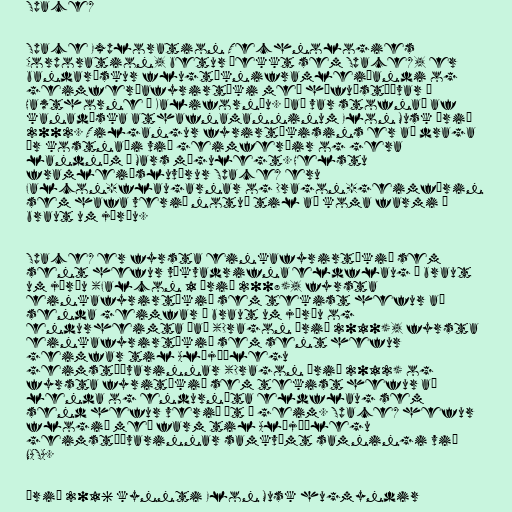
SpaceX

Space Exploration Technologies
Corporation, betur þekkt sem SpaceX, er
bandarískur flugtækniframleiðandi og
geimferðafyrirtæki með höfuðstöðvar í
Hawthorne í Kaliforníu. Það var stofnað af
kanadíska athafnamanninum Elon Musk árið
2002. Tilgangur fyrirtækisins er að draga
úr kostnaði við geimferðir og gera
landnám á Mars mögulegt. Helstu
framleiðsluvörur SpaceX eru
Falcon-flaugarnar og Dragon-geimförin
sem hafa verið notuð til að koma farmi á
braut um jörðu.

SpaceX er fyrsta einkafyrirtækið sem
sent hefur vökvadrifna eldflaug á braut
um jörðu (Falcon 1 árið 2008), fyrsta
einkafyrirtækið sem tekist hefur að
senda geimfar á braut um jörðu og
endurheimta það (Dragon árið 2010), fyrsta
einkafyrirtækið sem sent hefur
geimfar til Alþjóðlegu
geimstöðvarinnar (Dragon árið 2012) og
fyrsta fyritækið sem tekist hefur að
lenda og endurnýta eldflaug sem
send hefur verið út í geim. SpaceX hefur
flogið með farm til Alþjóðlegu
geimstöðvarinnar samkvæmt samningi við
NASA.

Árið 2016 kynnti Elon Musk hugmyndir